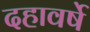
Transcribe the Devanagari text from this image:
दहावर्षे